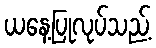
ယနေ့ပြုလုပ်သည့်